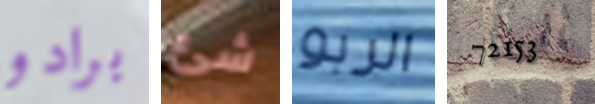
برادو شئ الربو 72153